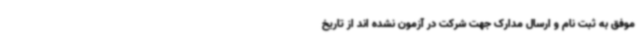
موفق به ثبت نام و ارسال مدارک جهت شرکت در آزمون نشده اند از تاریخ